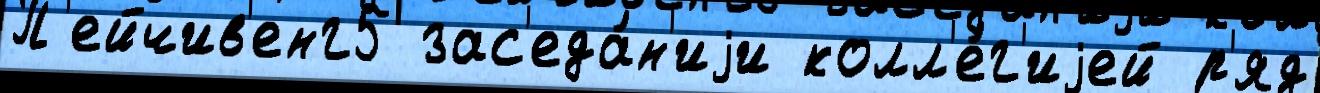
П'ейчив'енг5 зас'еда́н'иjи колл'е́г'иjей р'яд